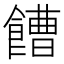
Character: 𩞄